Annual report of the Punjab Veterinary College and of the Civil Veterinary Department, Punjab - 1926-1932
Year: 1926
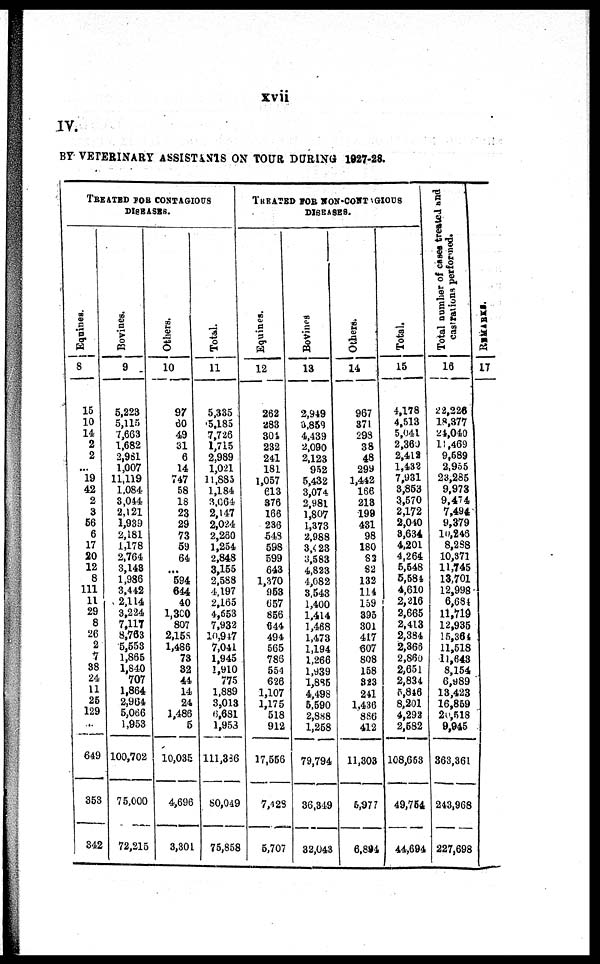
xvii
IV.
BY VETERINARY ASSISTANTS ON TOUR DURING 1927-28.
TREATED FOR CONTAGIOUS
DISEASES.
Equines.
8
15
10
14
2
2
...
19
42
2
3
56
6
17
20
12
8
111
11
29
8
26
2
7
38
24
11
25
129
649
353
342
Bovines.
9
5,223
5,115
7,663
1,682
2,961
1,007
11,119
1,084
3,044
2,121
1,939
2,181
1,178
2,764
3,143
1,986
3,442
2,114
3,224
7,117
8,763
5,553
1,865
1,840
707
1,864
2,964
5,066
1,953
100,702
75,000
72,215
Others.
10
97
60
49
31
6
14
747
58
18
23
29
73
59
64
...
594
644
40
1,300
807
2,158
1,486
73
32
44
14
24
1,486
5
10,035
4,696
3,301
Total.
11
5,335
5,185
7,726
1,715
2,989
1,021
11,883
1,184
3,064
2,147
2,024
2,260
1,254
2,848
3,155
2,588
1,197
2,165
4,653
7,932
10,947
7,041
1,945
1,910
775
1,889
3,013
6,681
1,953
111,386
80,049
75,858
TREATED FOR NON-CONT GIOUS
DISEASES.
Equines.
12
262
283
304
232
241
181
1,057
613
376
166
236
548
598
599
643
1,370
953
657
856
644
494
565
786
554
626
1,107
1,17 5
518
912
17,556
7,428
5,707
Bovines
13
2,949
3,859
4,439
2,090
2,123
952
5,432
3,074
2,981
1,807
1,373
2,988
3,423
3,583
4,823
4,082
3,543
1,400
1,414
1,468
1,473
1,194
1,266
1,939
1,885
4,498
5,590
2,888
1,258
79,794
36,349
32,043
Others.
14
967
371
298
38
48
299
1,442
166
218
199
431
98
180
83
82
132
114
159
395
301
417
607
808
158
823
241
1,436
886
412
11,303
6,97 7
6,894
Total.
15
4,178
4,513
5,041
2,360
2,412
1,432
7,931
3,853
3,570
2,172
2,040
3,634
4,201
4,264
5,548
5,584
4,610
2,216
2,665
2,413
2,384
2,363
2,860
2,651
2,834
5,846
8,201
4,292
2,582
108,653
49,764
44,694
Total number of cases treated and
castrations perfomed.
16
22,226
18,377
24,040
11 ,469
9,589
2,955
23,285
9,973
9,474
7,494
9,379
l0,246
8,288
10,371
11,745
13,701
12,998
6,684
11,719
12,935
15,364
11,518
11,643
8,154
6,989
13,423
16,859
20,518
9,945
363,361
243,968
227,698
REMARKS.
17